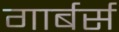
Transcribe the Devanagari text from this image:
गार्बर्स